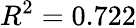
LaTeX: R^{2}=0.722